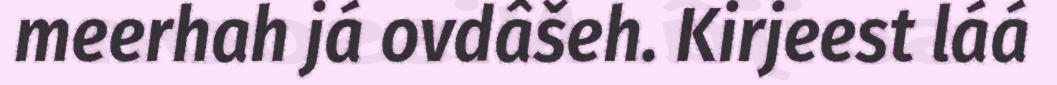
meerhah já ovdâšeh. Kirjeest láá